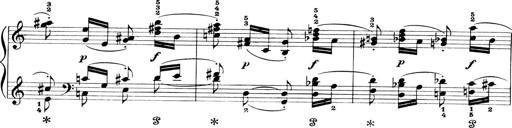
Title: 4 Sonatines
Composer: Max Reger